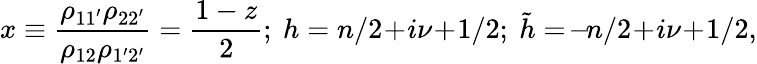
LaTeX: x\equiv\frac{\rho_{11^{\prime}}\rho_{22^{\prime}}}{\rho_{12}\rho_{1^{\prime}2^{\prime}}}=\frac{1-z}2;\ h=n/2\! +\! i\nu\! +\! 1/2;\ \tilde{h}=\! -\! n/2\! +\! i\nu\! +\! 1/2,